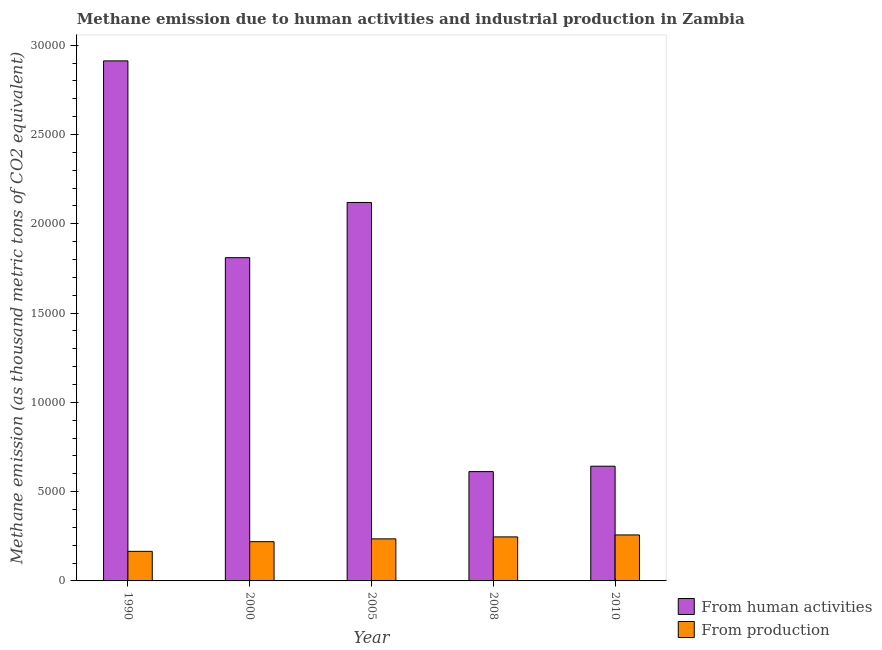
| Year | From human activities | From production |
 | --- | --- | --- |
 | 1990 | 2.91e+04 | 1.66e+03 |
 | 2000 | 1.81e+04 | 2.2e+03 |
 | 2005 | 2.12e+04 | 2.36e+03 |
 | 2008 | 6.12e+03 | 2.46e+03 |
 | 2010 | 6.42e+03 | 2.57e+03 |